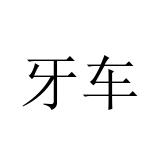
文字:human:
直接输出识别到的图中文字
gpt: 牙车